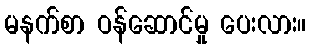
မနက်စာ ဝန်ဆောင်မှု ပေးလား။